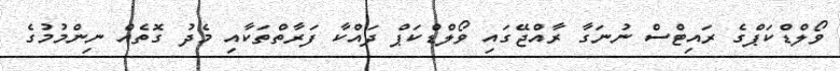
ވޯލްޑްކަޕްގެ ރައިޓްސް ނުނަގާ ރާއްޖޭގައި ވޯލްޑްކަޕް ދައްކާ ފަރާތްތަކާއި މެދު ގޮތެއް ނިންމުމުގެ